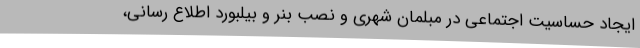
ایجاد حساسیت اجتماعی در مبلمان شهری و نصب بنر و بیلبورد اطلاع رسانی،